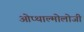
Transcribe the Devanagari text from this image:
ओप्थाल्मोलोजी